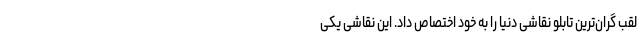
لقب گران‌ترین تابلو نقاشی دنیا را به خود اختصاص داد. این نقاشی یکی